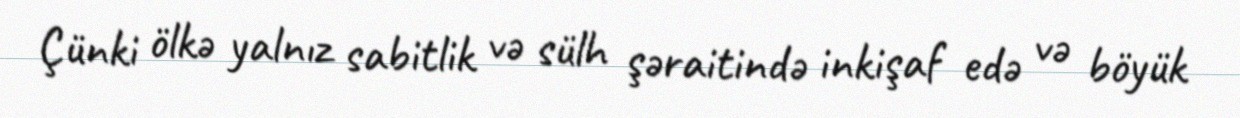
Çünki ölkə yalnız sabitlik və sülh şəraitində inkişaf edə və böyük